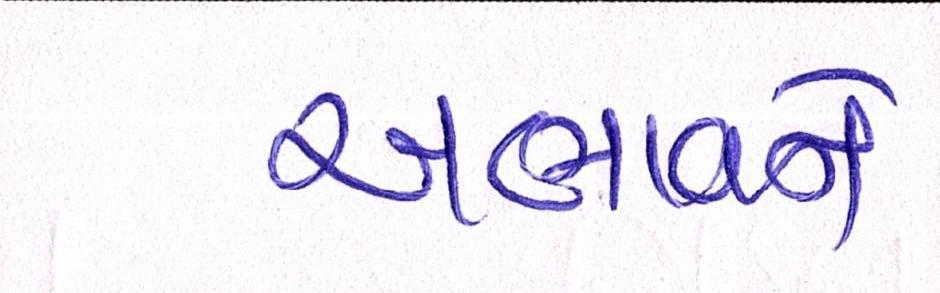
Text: અભાવને